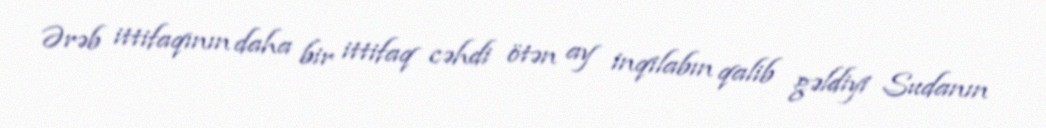
Ərəb ittifaqının daha bir ittifaq cəhdi ötən ay inqilabın qalib gəldiyi Sudanın